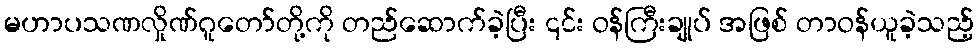
မဟာပသဏလှိုဏ်ဂူတော်တို့ကို တည်ဆောက်ခဲ့ပြီး ၎င်း ဝန်ကြီးချုပ် အဖြစ် တာဝန်ယူခဲ့သည့်